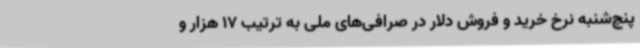
پنچ‌شنبه نرخ خرید و فروش دلار در صرافی‌های ملی به ترتیب 17 هزار و